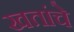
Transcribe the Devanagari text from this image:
खतांचे